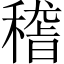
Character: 𥡴